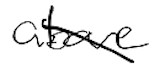
Text: above
Cross-out: diagonal
Writing tool: digital_black